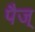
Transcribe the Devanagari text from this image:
पैज्